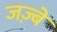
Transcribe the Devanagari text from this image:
जज़्बे